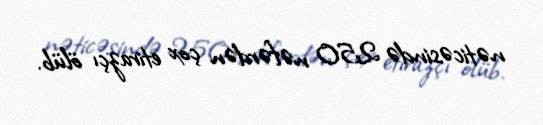
nəticəsində 250 nəfərdən çox etirazçı ölüb.